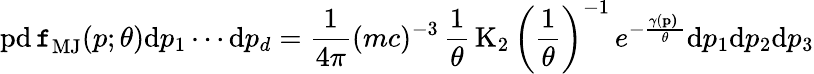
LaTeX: \operatorname{pd\mathtt{f}}_{\mathrm{{MJ}}}(p;\theta)\mathrm{{d}}p_{1}\cdots\mathrm{{d}}p_{d}={\frac{{1}}{{4\pi}}}(mc)^{-3}\, {\frac{{1}}{{\theta}}}\operatorname{K}_{2}\left({\frac{{1}}{{\theta}}}\right)^{-1}\, e^{-{\frac{{\gamma(\mathbf{{p)}}\ }}{{\theta}}}}\mathrm{{d}}p_{1}\mathrm{{d}}p_{2}\mathrm{{d}}p_{3}